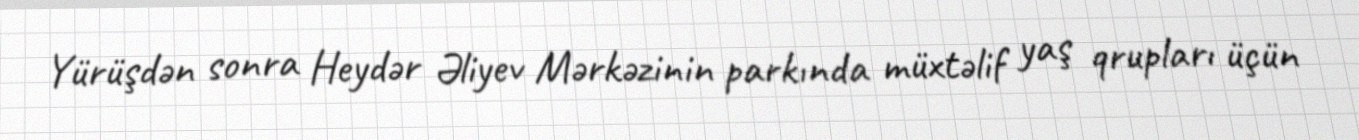
Yürüşdən sonra Heydər Əliyev Mərkəzinin parkında müxtəlif yaş qrupları üçün